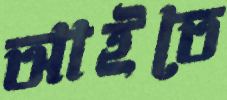
আইতে